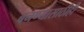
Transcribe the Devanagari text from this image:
बनण्यासाठीही